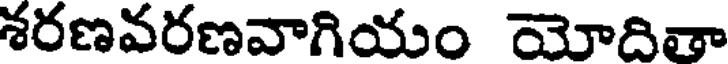
శరణవరణవాగియం యోదితా